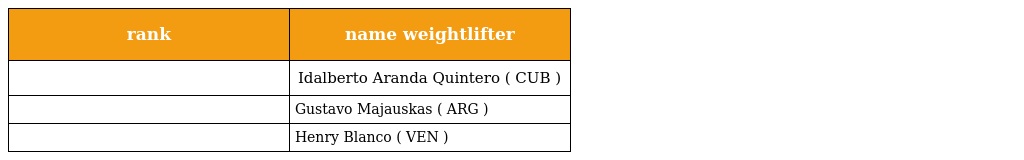
| rank | name weightlifter |
 | --- | --- |
 |  | Idalberto Aranda Quintero ( CUB ) |
 |  | Gustavo Majauskas ( ARG ) |
 |  | Henry Blanco ( VEN ) |